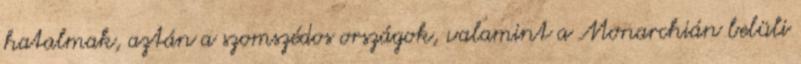
hatalmak, aztán a szomszédos országok, valamint a Monar­chián belüli